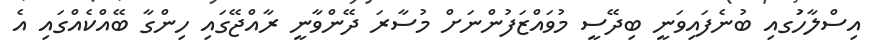
އިސްލާހުަގއި ބުނެފައިވަނީ ބިދޭސީ މުވައްޒަފުންނަށް މުސާރަ ދޭންވާނީ ރާއްޖޭގައި ހިންގާ ބޭއްކެއްގައި އެ